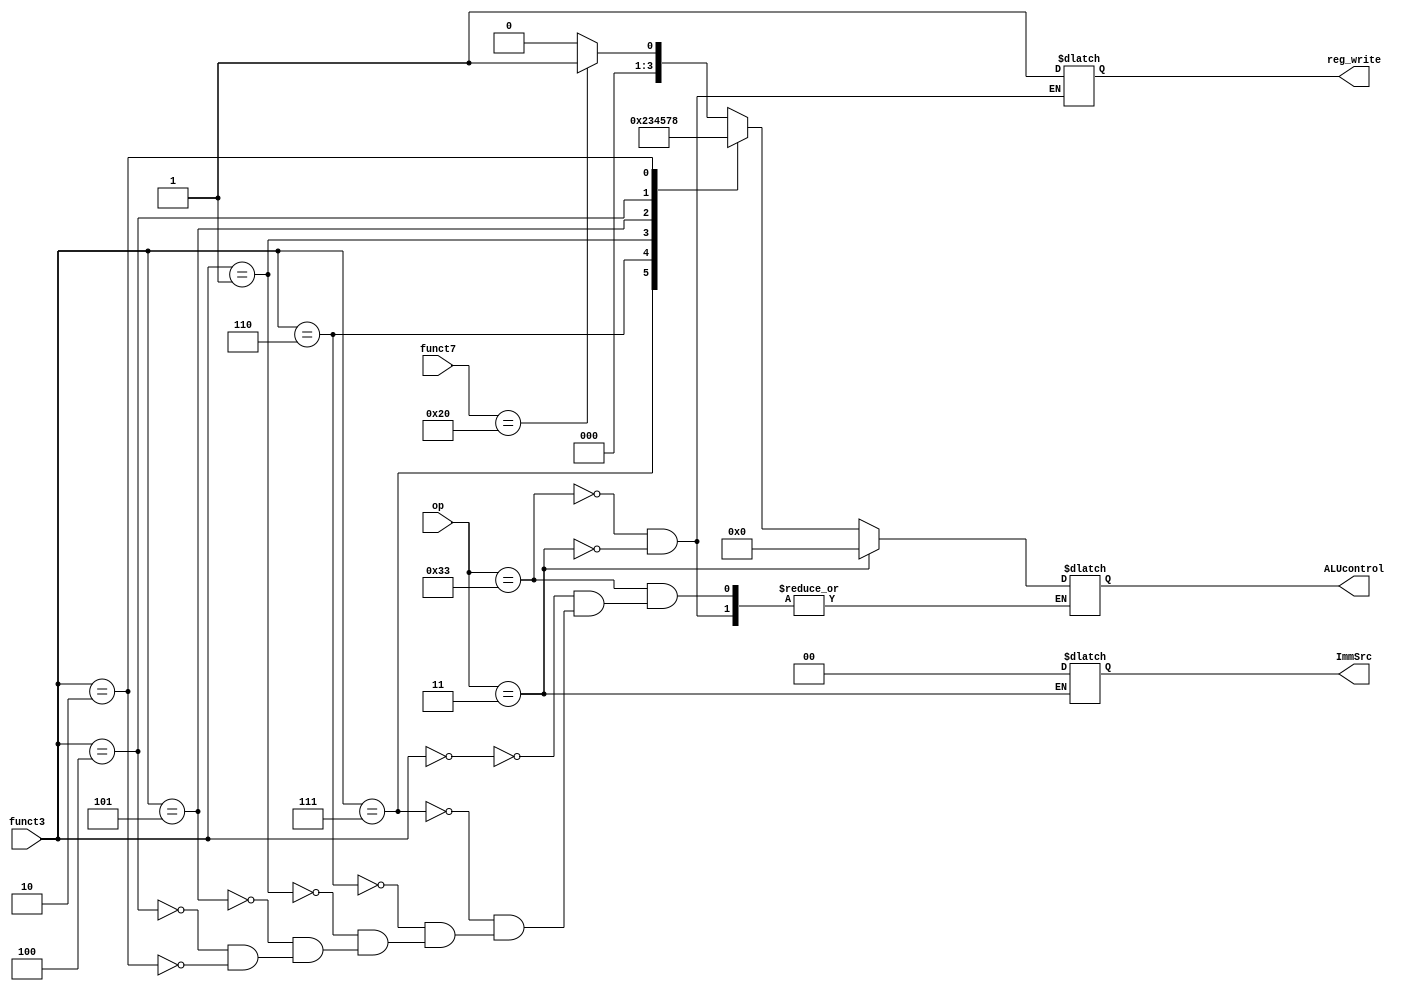
module controlUnit (
    input [2:0] funct3,
    input [6:0] funct7,
    input [6:0] op,
    output reg [3:0] ALUcontrol,
    output reg [1:0] ImmSrc,
    output reg reg_write
);

localparam [6:0]R_TYPE  = 7'b0110011,
                I_TYPE  = 7'b0010011,
                STORE   = 7'b0100011,
                LOAD    = 7'b0000011,
                BRANCH  = 7'b1100011,
                JALR    = 7'b1100111,
                JAL     = 7'b1101111,
                AUIPC   = 7'b0010111,
                LUI     = 7'b0110111;

always @(funct3,funct7,op) begin
    case (op)
        //R-Type instruction
        R_TYPE :begin
            reg_write <= 1;
            case (funct3)
                0: begin
                    if (funct7 == 7'd32) begin
                        ALUcontrol <= 4'b0001;
                    end
                    else ALUcontrol <= 4'b0000;
                end
                7: ALUcontrol <= 4'b0010;
                6: ALUcontrol <= 4'b0011;
                1: ALUcontrol <= 4'b0100;
                5: ALUcontrol <= 4'b0101;
                4: ALUcontrol <= 4'b0111;
                2: ALUcontrol <= 4'b1000; 
            endcase
        end

        LOAD :begin
            reg_write<=1;
            ALUcontrol<=4'b0000;
            ImmSrc<=2'b00;
        end
    endcase
end
endmodule